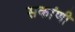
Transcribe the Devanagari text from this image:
सकांणी